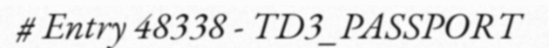
# Entry 48338 - TD3_PASSPORT